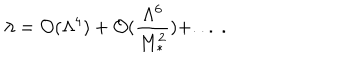
\lambda = { \cal O } ( \Lambda ^ { 4 } ) + { \cal O } ( \frac { \Lambda ^ { 6 } } { M _ { * } ^ { 2 } } ) + . . . ~ .